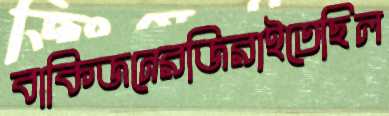
বাকিজনেরজিরাইতেছিল